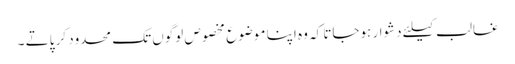
غالب کیلئے دشوار ہوجاتا کہ وہ اپنا موضوع مخصوص لوگوں تک محدود کر پاتے ۔